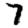
Digit: 7